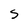
Character: s